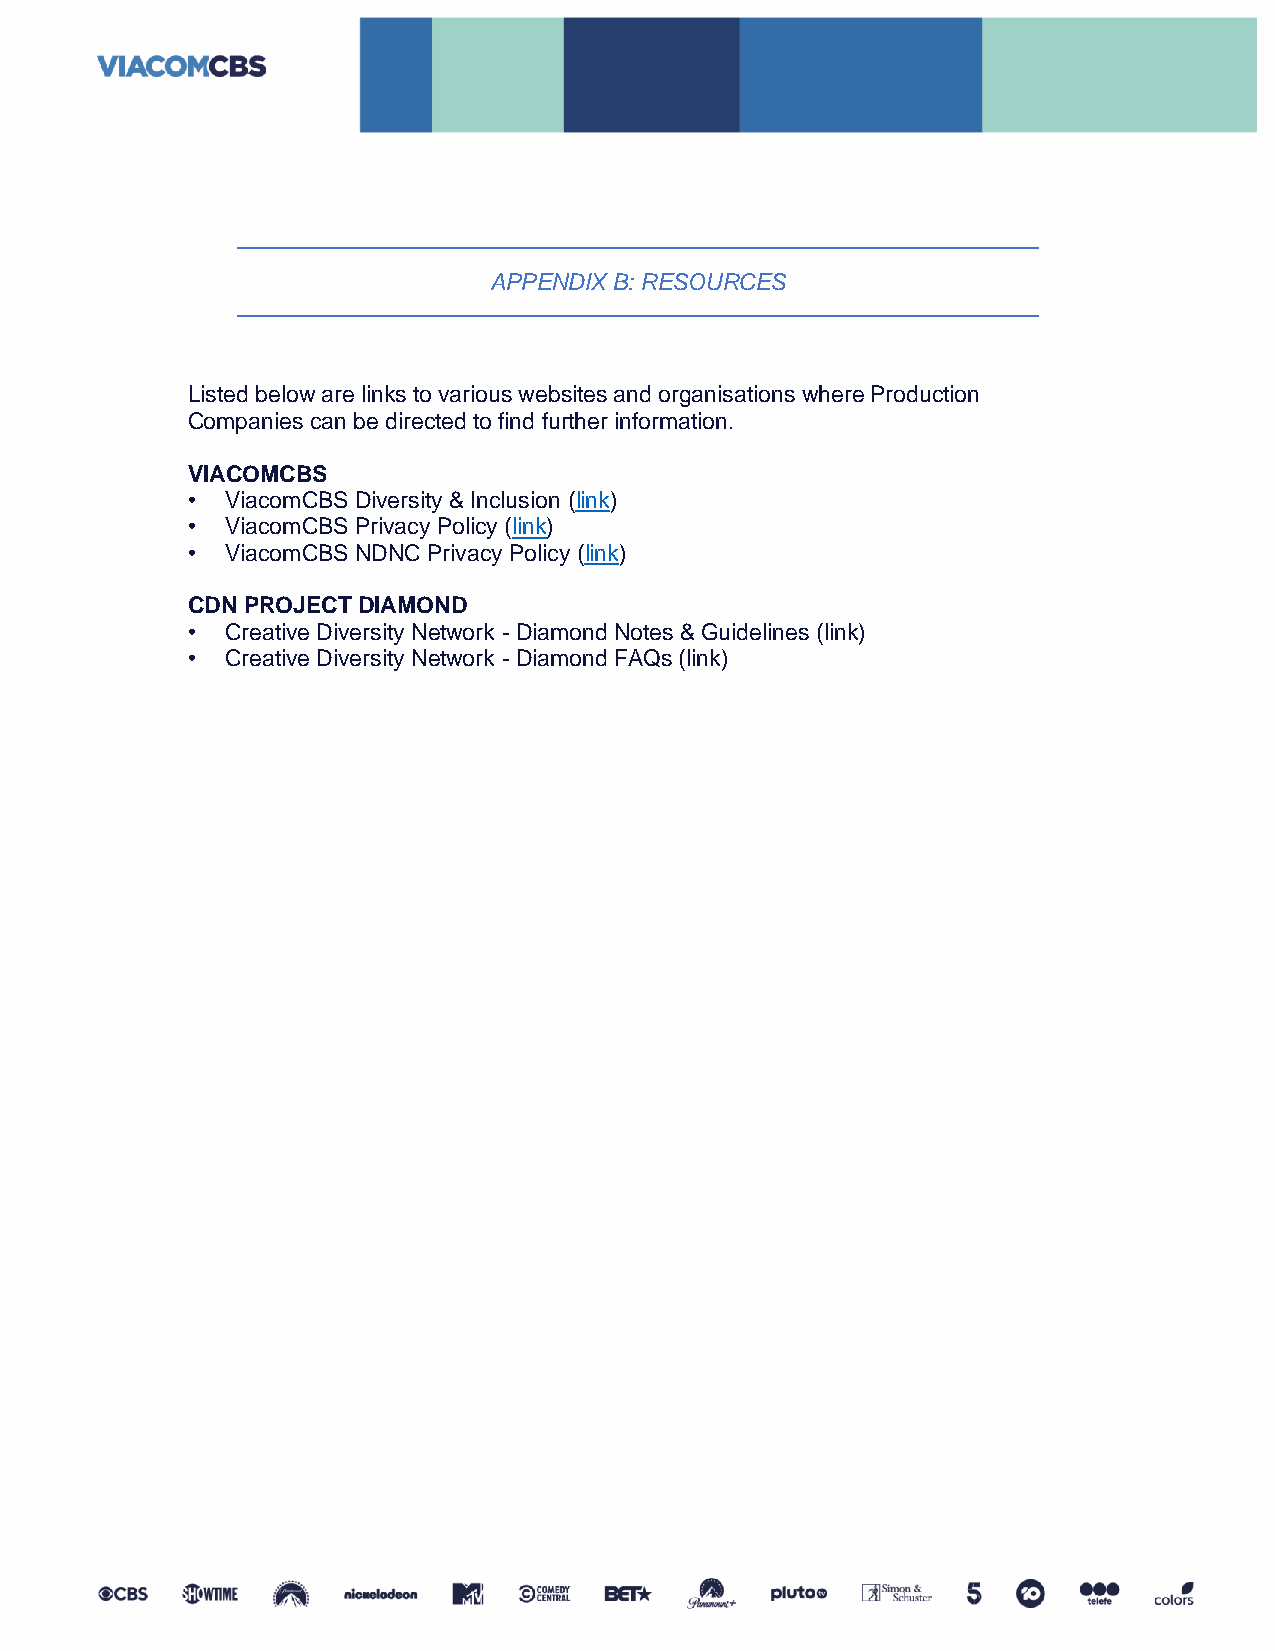
APPENDIX B: RESOURCES
 Listed below are links to various websites and organisations where Production
 Companies can be directed to find further information.
 VIACOMCBS
 •  ViacomCBS Diversity & Inclusion (link)
 •  ViacomCBS Privacy Policy (link)
 •  ViacomCBS NDNC Privacy Policy (link)
 CDN PROJECT DIAMOND
 •  Creative Diversity Network - Diamond Notes & Guidelines (link)
 •  Creative Diversity Network - Diamond FAQs (link)